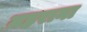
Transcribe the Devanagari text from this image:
महराना